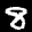
Label: 8